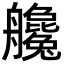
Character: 艬